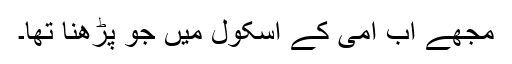
مجھے اب امی کے اسکول میں جو پڑھنا تھا۔